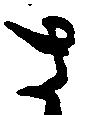
さ